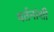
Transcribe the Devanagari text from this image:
वर्तनांशी